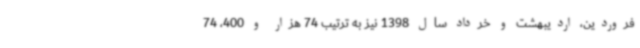
فروردین، اردیبهشت و خرداد سال 1398 نیز به ترتیب 74 هزار و 400، 74